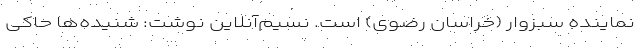
نماینده سبزوار (خراسان رضوی) است. نسیم‌آنلاین نوشت: شنیده‌ها حاکی